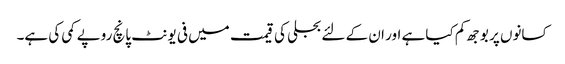
کسانوں پر بوجھ کم کیا ہے اور ان کے لئے بجلی کی قیمت میں فی یونٹ پانچ روپے کمی کی ہے۔